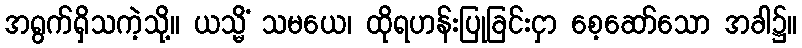
အရွက်ရှိသကဲ့သို့။ ယသ္မိံ သမယေ၊ ထိုရဟန်းပြုခြင်းငှာ စေ့ဆော်သော အခါ၌။